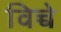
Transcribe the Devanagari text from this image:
विच्चे